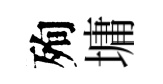
殉墉